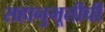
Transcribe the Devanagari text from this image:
सहानुभूतीची